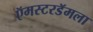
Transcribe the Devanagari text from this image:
ऍमस्टरडॅमला